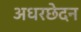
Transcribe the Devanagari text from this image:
अधरछेदन